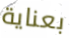
بعناية